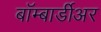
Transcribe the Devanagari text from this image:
बॉम्बार्डीअर